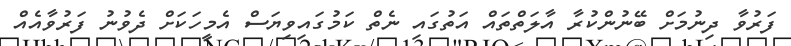
ފަރުވާ ދިނުމަށް ބޭނުންކުރާ އާލަތްތައް އަތުގައި ނެތް ކަމުގައިވިޔަސް އެމީހަކަށް ދެވުނު ފަރުވާއެއް